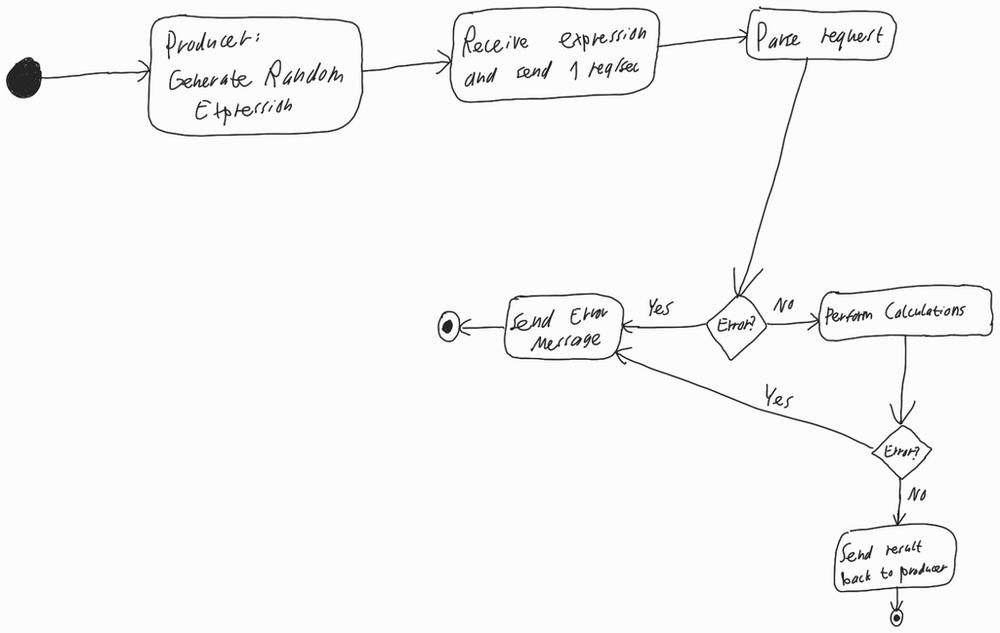
Diagram type: activity_diagram
```plantuml
@startuml

start

:Producer: Generate Random Expression;

:Receive expression and send 1 req/sec;

:Parse request;

if (Error?) then (No)
  :Perform Calculations;
  if (Error) then (No)
    :Send result back to producer;
    stop
  else (Yes)
  endif
else (Yes)
endif

:Send Error Message;
stop

@enduml
```